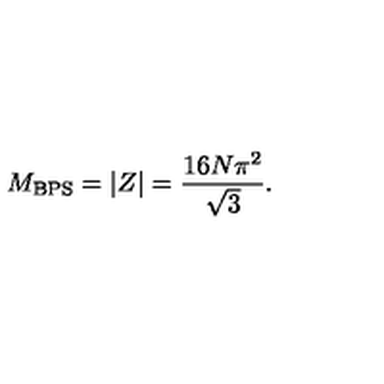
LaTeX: M _ { \mathrm { B P S } } = \left| Z \right| = \frac { 1 6 N \pi ^ { 2 } } { \sqrt { 3 } } .